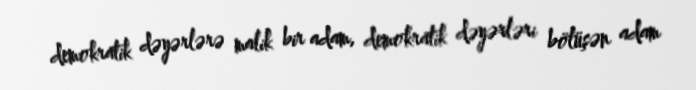
demokratik dəyərlərə malik bir adam, demokratik dəyərləri bölüşən adam